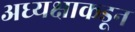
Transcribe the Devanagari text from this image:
अध्यक्षाकडून